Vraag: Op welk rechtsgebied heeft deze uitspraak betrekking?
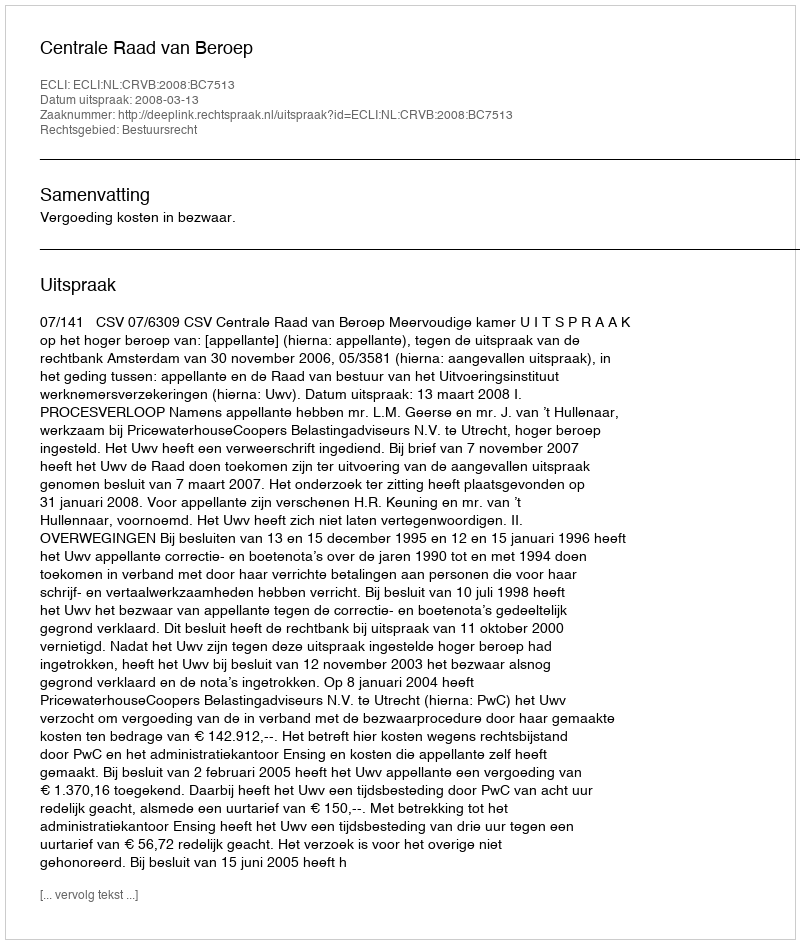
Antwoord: Bestuursrecht